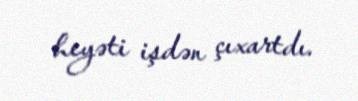
heyəti işdən çıxartdı.